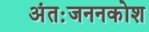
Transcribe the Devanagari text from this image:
अंतःजननकोश